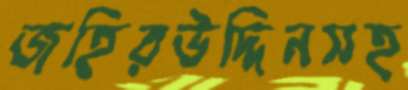
জহিরউদ্দিনসহ